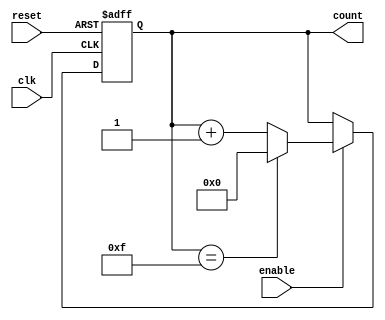
module up_counter (
    input wire clk,        // Clock signal
    input wire enable,     // Enable signal
    input wire reset,      // Reset signal
    output reg [N-1:0] count // N-bit output count
);
    parameter N = 4; // Define the width of the counter (can be changed as needed)

    // Always block triggered on the rising edge of the clock or on reset
    always @(posedge clk or posedge reset) begin
        if (reset) begin
            count <= 0; // Reset count to 0
        end else if (enable) begin
            if (count == (2**N - 1)) begin
                count <= 0; // Wrap around to 0 if maximum value reached
            end else begin
                count <= count + 1; // Increment count
            end
        end
        // If enable is low, count retains its value
    end
endmodule